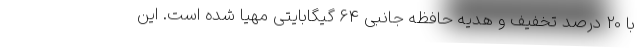
با 20 درصد تخفیف و هدیه حافظه جانبی 64 گیگابایتی مهیا شده است. این